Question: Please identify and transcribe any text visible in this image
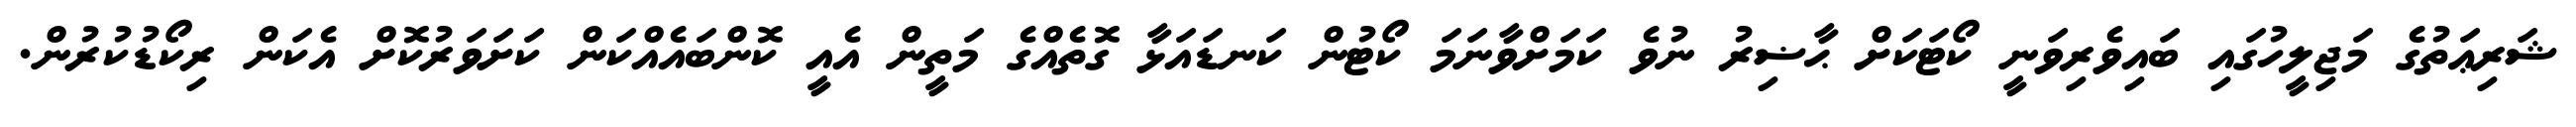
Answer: ޝަރިޢަތުގެ މަޖިލީހުގައި ބައިވެރިވަނީ ކޯޓަކަށް ޙާޟިރު ނުވެ ކަމަށްވާނަމަ ކޯޓުން ކަނޑައަޅާ ގޮތެއްގެ މަތީން އެއީ ކޮންބައެއްކަން ކަށަވަރުކޮށް އެކަން ރިކޯޑުކުރުން.